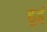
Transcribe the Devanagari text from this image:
हुइं